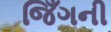
જિઁગની